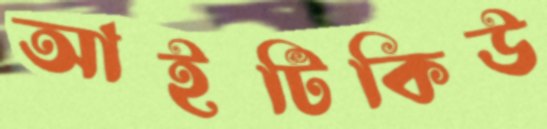
আইটিকিউ